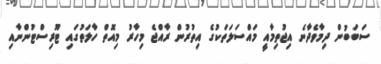
ސަބަބުން ދިމާވެދާނެ އިޖުތިމާއީ މައްސަލަތަކުގެ އިތުރުން ރާއްޖެ މިހާރު މިއޮތް ހާލަތުގައި ޓޫރިސްޓުންނާއި